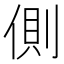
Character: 側